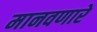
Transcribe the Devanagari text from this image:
मानवणारे